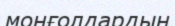
монғолдардың